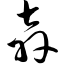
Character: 奔